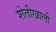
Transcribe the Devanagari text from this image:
शेतीखाली